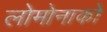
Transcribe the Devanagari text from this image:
लोमोनाको